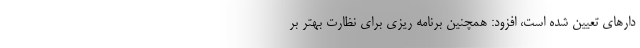
دارهای تعیین شده است، افزود: همچنین برنامه ریزی برای نظارت بهتر بر